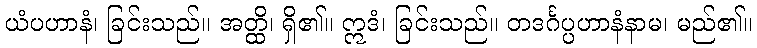
ယံပဟာနံ၊ ခြင်းသည်။ အတ္ထိ၊ ရှိ၏။ ဣဒံ၊ ခြင်းသည်။ တဒင်္ဂပ္ပဟာနံနာမ၊ မည်၏။